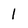
Character: 1